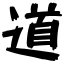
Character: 道